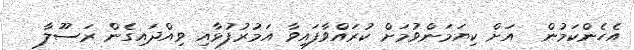
އެހެންކަމުން  އަށް ކިޔަމަންވުމަށް ކުރައްވާފައިވާ އަމުރުފުޅާއި ވިއްދައިގެން ރަސޫލާ